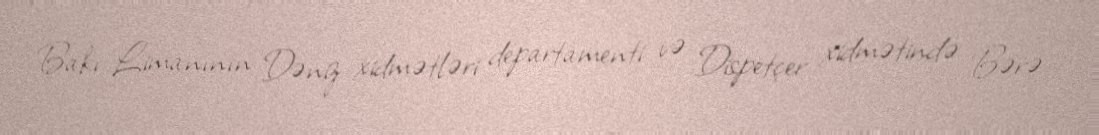
Bakı Limanının Dəniz xidmətləri departamenti və Dispetçer xidmətində Bərə